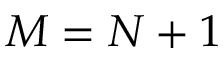
M = N + 1